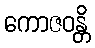
ကောဇဝန္တိ